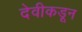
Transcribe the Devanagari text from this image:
देवीकडून